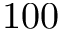
1 0 0